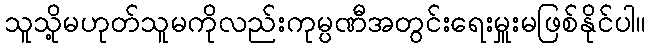
သူသို့မဟုတ်သူမကိုလည်းကုမ္ပဏီအတွင်းရေးမှူးမဖြစ်နိုင်ပါ။